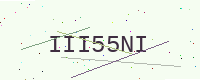
Text: III55NI